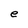
Character: e